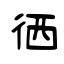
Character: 徆